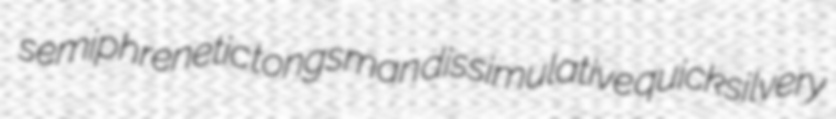
semiphrenetic tongsman dissimulative quicksilvery